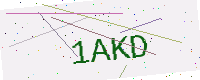
Text: 1AKD